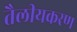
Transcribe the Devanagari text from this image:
तैलीयकरण